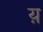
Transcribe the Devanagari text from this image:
य़